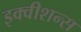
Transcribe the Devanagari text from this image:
इक्‍वीशन्‍स